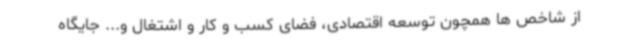
از شاخص ها همچون توسعه اقتصادی، فضای کسب و کار و اشتغال و... جایگاه